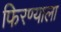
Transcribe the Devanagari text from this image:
फिरण्याला